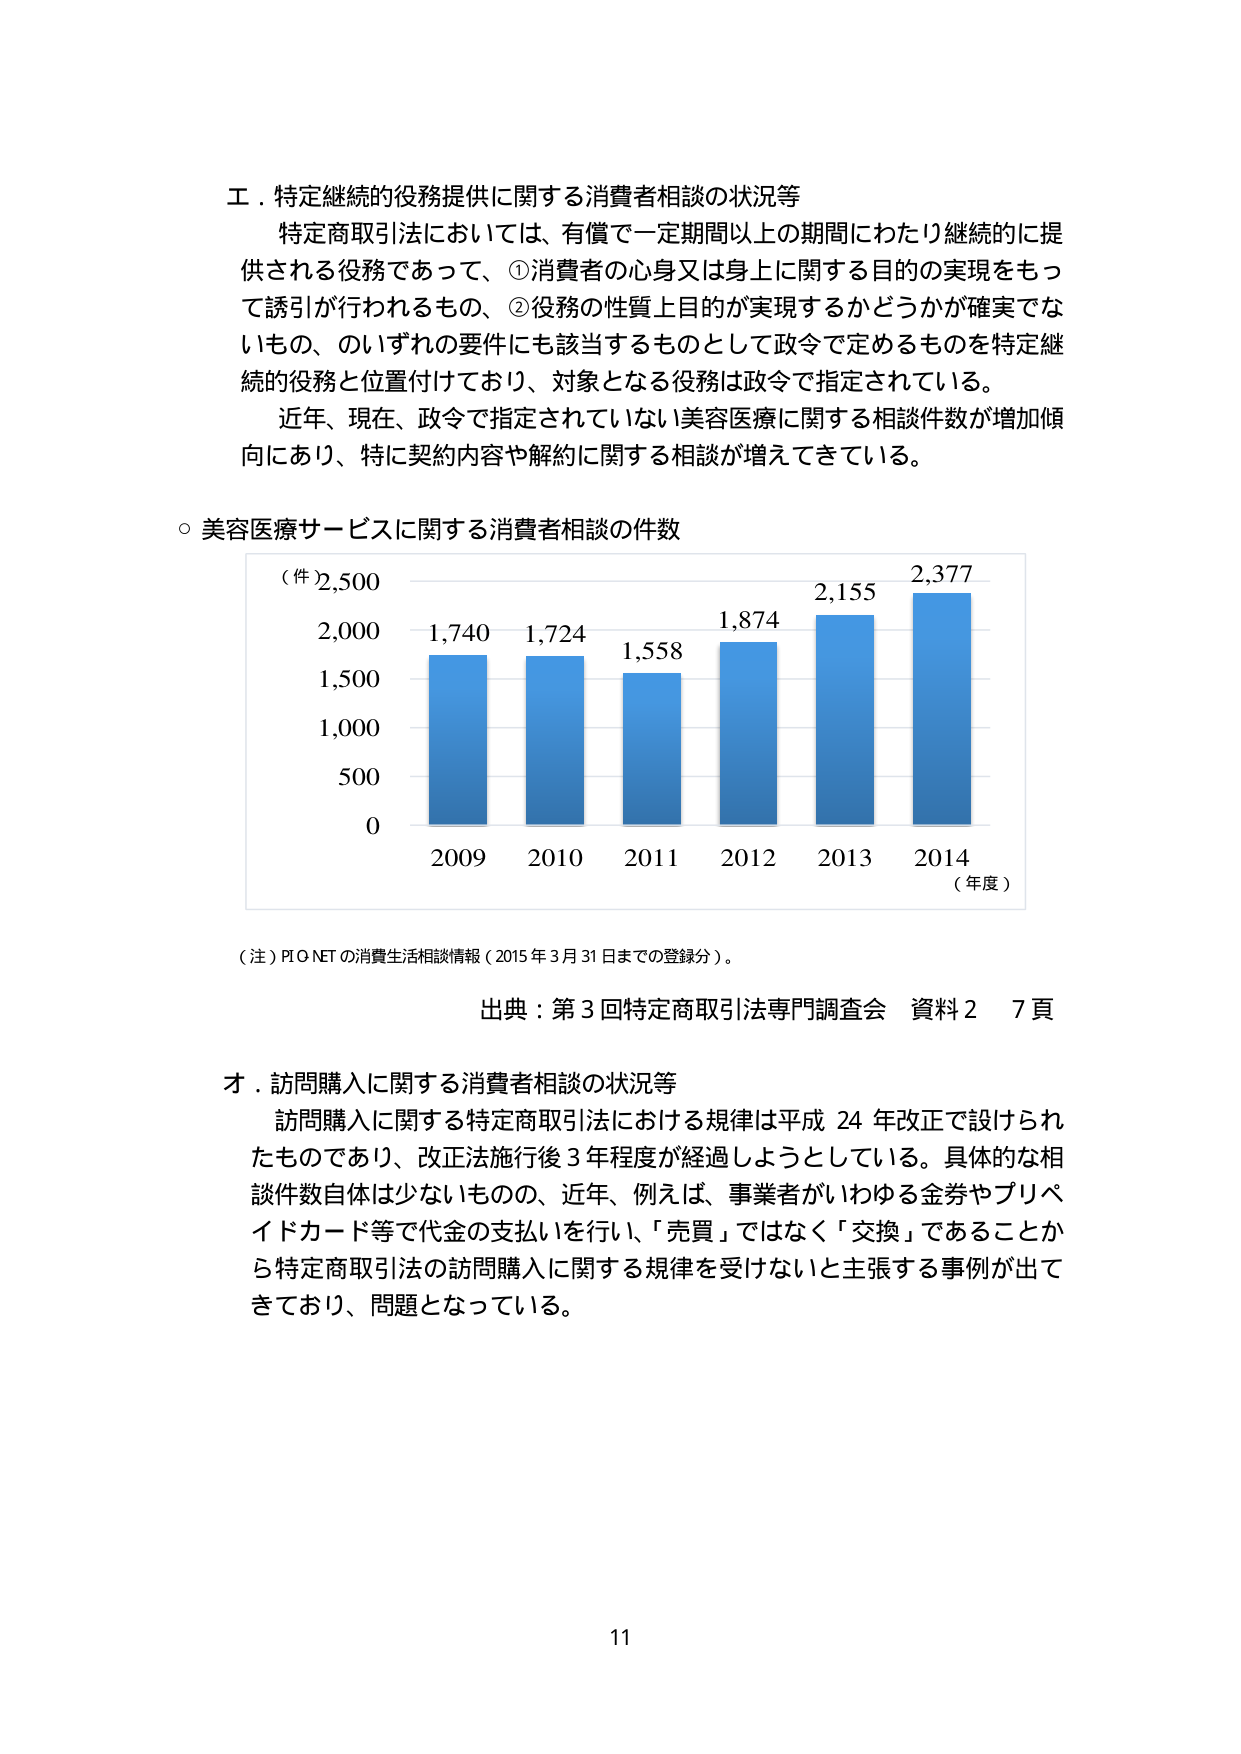
エ．特定継続的役務提供に関する消費者相談の状況等
特定商取引法においては、有償で一定期間以上の期間にわたり継続的に提供される役務であって、①消費者の心身又は身上に関する目的の実現をもって誘引が行われるもの、②役務の性質上目的が実現するかどうかが確実でないもの、のいずれの要件にも該当するものとして政令で定めるものを特定継続的役務と位置付けており、対象となる役務は政令で指定されている。
近年、現在、政令で指定されていない美容医療に関する相談件数が増加傾向にあり、特に契約内容や解約に関する相談が増えてきている。

○ 美容医療サービスに関する消費者相談の件数
（件）2,500
　　　2,000
　　　1,500
　　　1,000
　　　　500
　　　　0
　　　　2009　2010　2011　2012　2013　2014　（年度）
　　　　1,740　1,724　1,558　1,874　2,155　2,377

（注）PI O NET の消費生活相談情報（2015年3月31日までの登録分）。
出典：第3回特定商取引法専門調査会 資料2 7頁

オ．訪問購入に関する消費者相談の状況等
訪問購入に関する特定商取引法における規律は平成24年改正で設けられたものであり、改正法施行後3年程度が経過しようとしている。具体的な相談件数自体は少ないものの、近年、例えば、事業者がいわゆる金券やプリペイドカード等で代金の支払いを行い、「売買」ではなく「交換」であることから特定商取引法の訪問購入に関する規律を受けない主張する事例が出てきており、問題となっている。

11